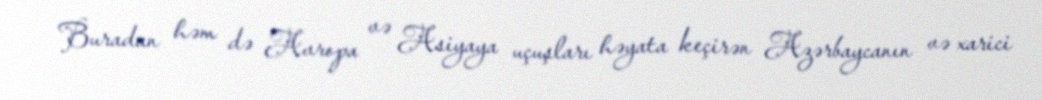
Buradan həm də Avropa və Asiyaya uçuşları həyata keçirən Azərbaycanın və xarici